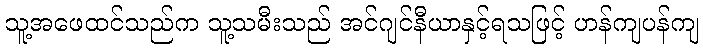
သူ့အဖေထင်သည်က သူ့သမီးသည် အင်ဂျင်နီယာနှင့်ရသဖြင့် ဟန်ကျပန်ကျ